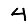
Digit: 4